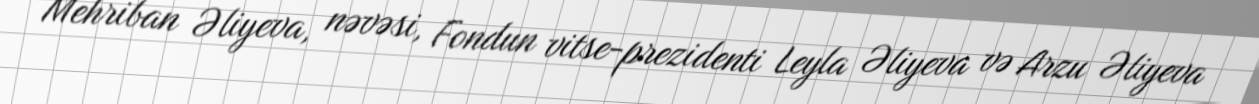
Mehriban Əliyeva, nəvəsi, Fondun vitse-prezidenti Leyla Əliyeva və Arzu Əliyeva